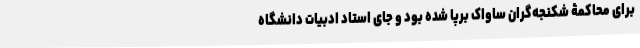
برای محاکمۀ شکنجه‌گران ساواک برپا شده بود و جای استاد ادبیات دانشگاه